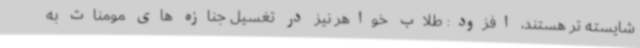
شایسته تر هستند، افزود: طلاب خواهر نیز در تغسیل جنازه های مومنات به